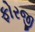
ફોરજી